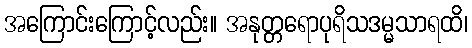
အကြောင်းကြောင့်လည်း။ အနုတ္တရောပုရိသဒမ္မသာရထိ၊